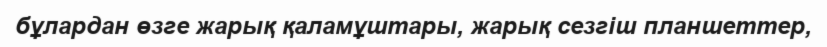
бұлардан өзге жарық қаламұштары, жарық сезгіш планшеттер,